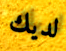
لديك